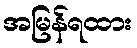
အမြန်ရထား